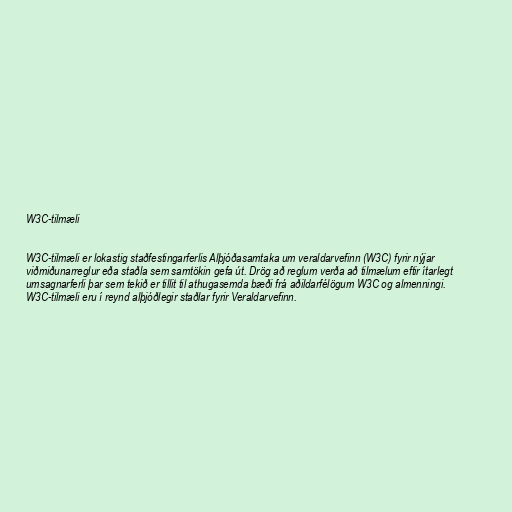
W3C-tilmæli

W3C-tilmæli er lokastig staðfestingarferlis Alþjóðasamtaka um veraldarvefinn (W3C) fyrir nýjar
viðmiðunarreglur eða staðla sem samtökin gefa út. Drög að reglum verða að tilmælum eftir ítarlegt
umsagnarferli þar sem tekið er tillit til athugasemda bæði frá aðildarfélögum W3C og almenningi.
W3C-tilmæli eru í reynd alþjóðlegir staðlar fyrir Veraldarvefinn.